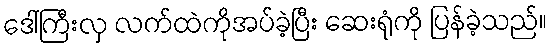
ဒေါ်ကြီးလှ လက်ထဲကိုအပ်ခဲ့ပြီး ဆေးရုံကို ပြန်ခဲ့သည်။